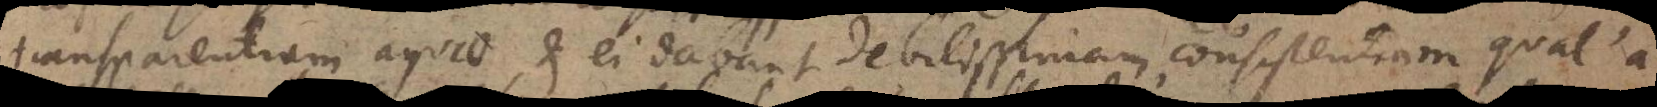
transparentiam aquae, et ei dabant debilissimam consistentiam qual’a